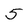
Character: 5